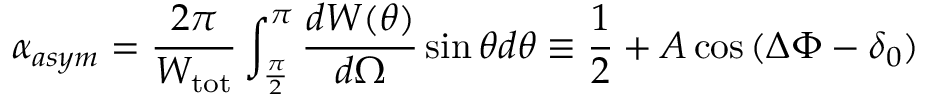
\alpha _ { a s y m } = \frac { 2 \pi } { W _ { \mathrm { t o t } } } \int _ { \frac { \pi } { 2 } } ^ { \pi } \frac { d W ( \theta ) } { d \Omega } \sin \theta d \theta \equiv \frac { 1 } { 2 } + A \cos { ( \Delta \Phi - \delta _ { 0 } ) }